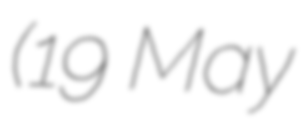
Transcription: (19 May